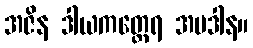
အဇိန ဒါယကတ္ထေရ အပဒါန။